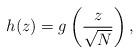
LaTeX: \begin{align*}h(z)=g\left(\frac{z}{\sqrt{N}}\right),\end{align*}